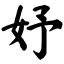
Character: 妤